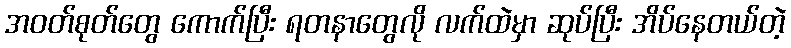
အဝတ်စုတ်တွေ ကောက်ပြီး ရတနာတွေလို လက်ထဲမှာ ဆုပ်ပြီး အိပ်နေတယ်တဲ့